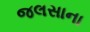
જલસાના